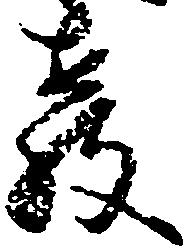
教